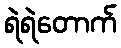
ရဲရဲတောက်